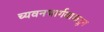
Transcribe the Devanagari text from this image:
च्यवनभार्गवाकडून